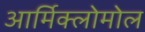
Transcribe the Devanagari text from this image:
आर्मिक्लोमोल